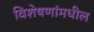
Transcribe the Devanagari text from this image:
विशेषणांमधील